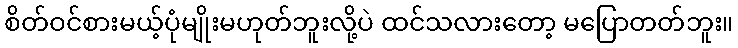
စိတ်ဝင်စားမယ့်ပုံမျိုးမဟုတ်ဘူးလို့ပဲ ထင်သလားတော့ မပြောတတ်ဘူး။